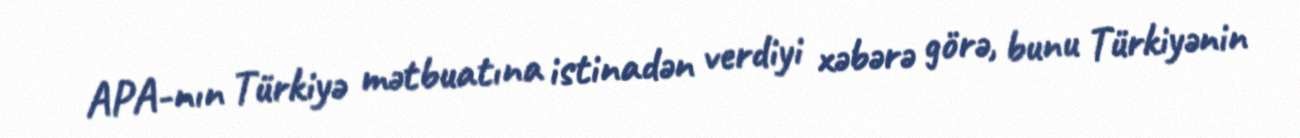
APA-nın Türkiyə mətbuatına istinadən verdiyi xəbərə görə, bunu Türkiyənin